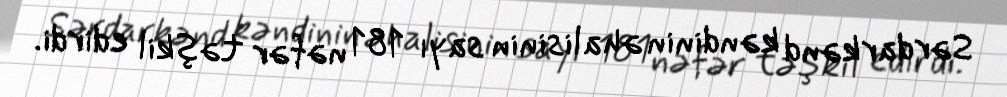
Sərdarkənd kəndinin əhalisinin sayı 181 nəfər təşkil edirdi.